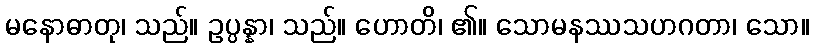
မနောဓာတု၊ သည်။ ဥပ္ပန္နာ၊ သည်။ ဟောတိ၊ ၏။ သောမနဿသဟဂတာ၊ သော။